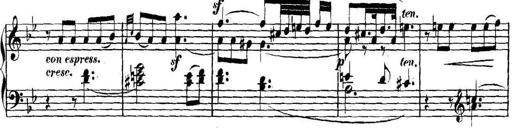
Title: Collected Piano Sonatas
Composer: Muzio Clementi